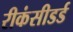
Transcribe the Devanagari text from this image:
रीकंसीडर्ड